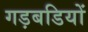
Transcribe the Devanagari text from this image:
गड़बडियों